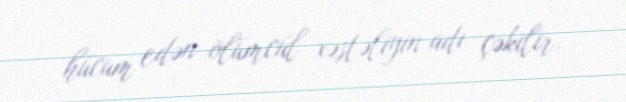
hücum edən ölümcül xəstəliyin adı çəkilir.